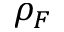
\rho _ { F }